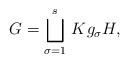
\begin{align*}G = \bigsqcup_{\sigma = 1}^s \,K g_\sigma H, \end{align*}